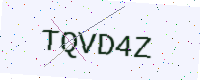
Text: TQVD4Z